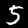
Label: 5